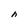
Character: h